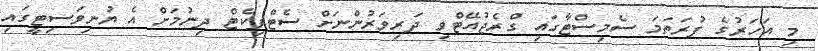
މި އަހަރުގެ ފުރަތަމަ ސެމިސްޓާގައި ގްރެޖުއޭޓްވި ދަރިވަރުންނަށް ސެޓްފިކެޓް ދިނުމަށް އެ ޔުނިވަސިޓީގައި